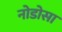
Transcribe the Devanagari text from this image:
नोडोसा